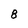
Character: 8